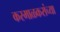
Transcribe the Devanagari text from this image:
करमाळकरांच्या